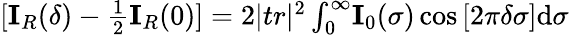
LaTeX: \begin{array}{r}{[\mathbf{I}_{R}(\delta)-\frac{1}{2}\mathbf{I}_{R}(0)]=2|tr|^{2}\int_{0}^{\infty}\! \mathbf{I}_{0}(\sigma)\cos{[2\pi\delta\sigma]}\mathrm{d}\sigma}\end{array}